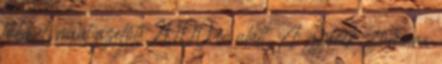
többet, mint azelőtt 2000 év alatt. A gyerek számára